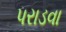
પરાડવા